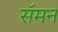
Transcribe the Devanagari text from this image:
सॅमन